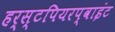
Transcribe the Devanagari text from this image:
हर्स्टपियरप्वाइंट